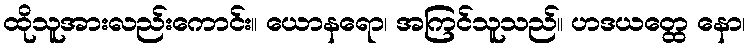
ထိုသူအားလည်းကောင်း။ ယောနရော၊ အကြင်သူသည်။ ဟဒယတ္ထေ နော၊